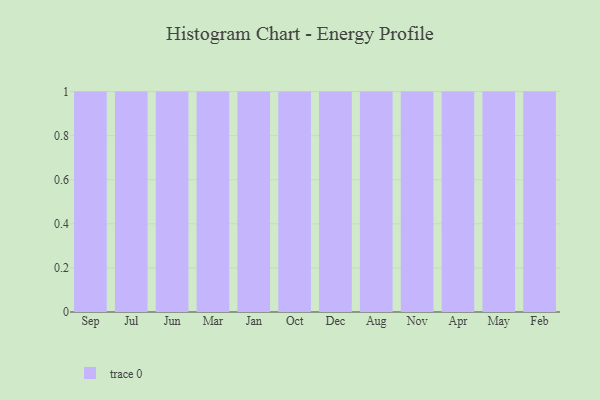
{"axis": {"x": "Month", "y": "Demand Index"}, "legend": [""], "data": [{"x": "Sep", "y": 13, "type": ""}, {"x": "Jul", "y": 68, "type": ""}, {"x": "Jun", "y": 63, "type": ""}, {"x": "Mar", "y": 15, "type": ""}, {"x": "Jan", "y": 87, "type": ""}, {"x": "Oct", "y": 70, "type": ""}, {"x": "Dec", "y": 69, "type": ""}, {"x": "Aug", "y": 50, "type": ""}, {"x": "Nov", "y": 88, "type": ""}, {"x": "Apr", "y": 55, "type": ""}, {"x": "May", "y": 59, "type": ""}, {"x": "Feb", "y": 12, "type": ""}]}